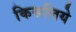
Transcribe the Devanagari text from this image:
किसलिये